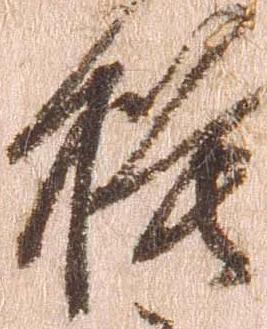
模